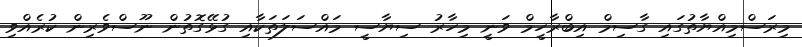
މިރަސްމިއްޔާތުގައި ގާސިމް އިބްރާހީމް ވަނީ މިހާރު ސިޔާސީ މައްސަލަތަކާއި ގުޅޭގޮތުން ނޫސްވެރިން ކުރެއްވި